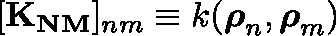
[ \boldsymbol { \mathbf { K _ { N M } } } ] _ { n m } \equiv k ( \boldsymbol { \mathbf { \rho } } _ { n } , \boldsymbol { \mathbf { \rho } } _ { m } )